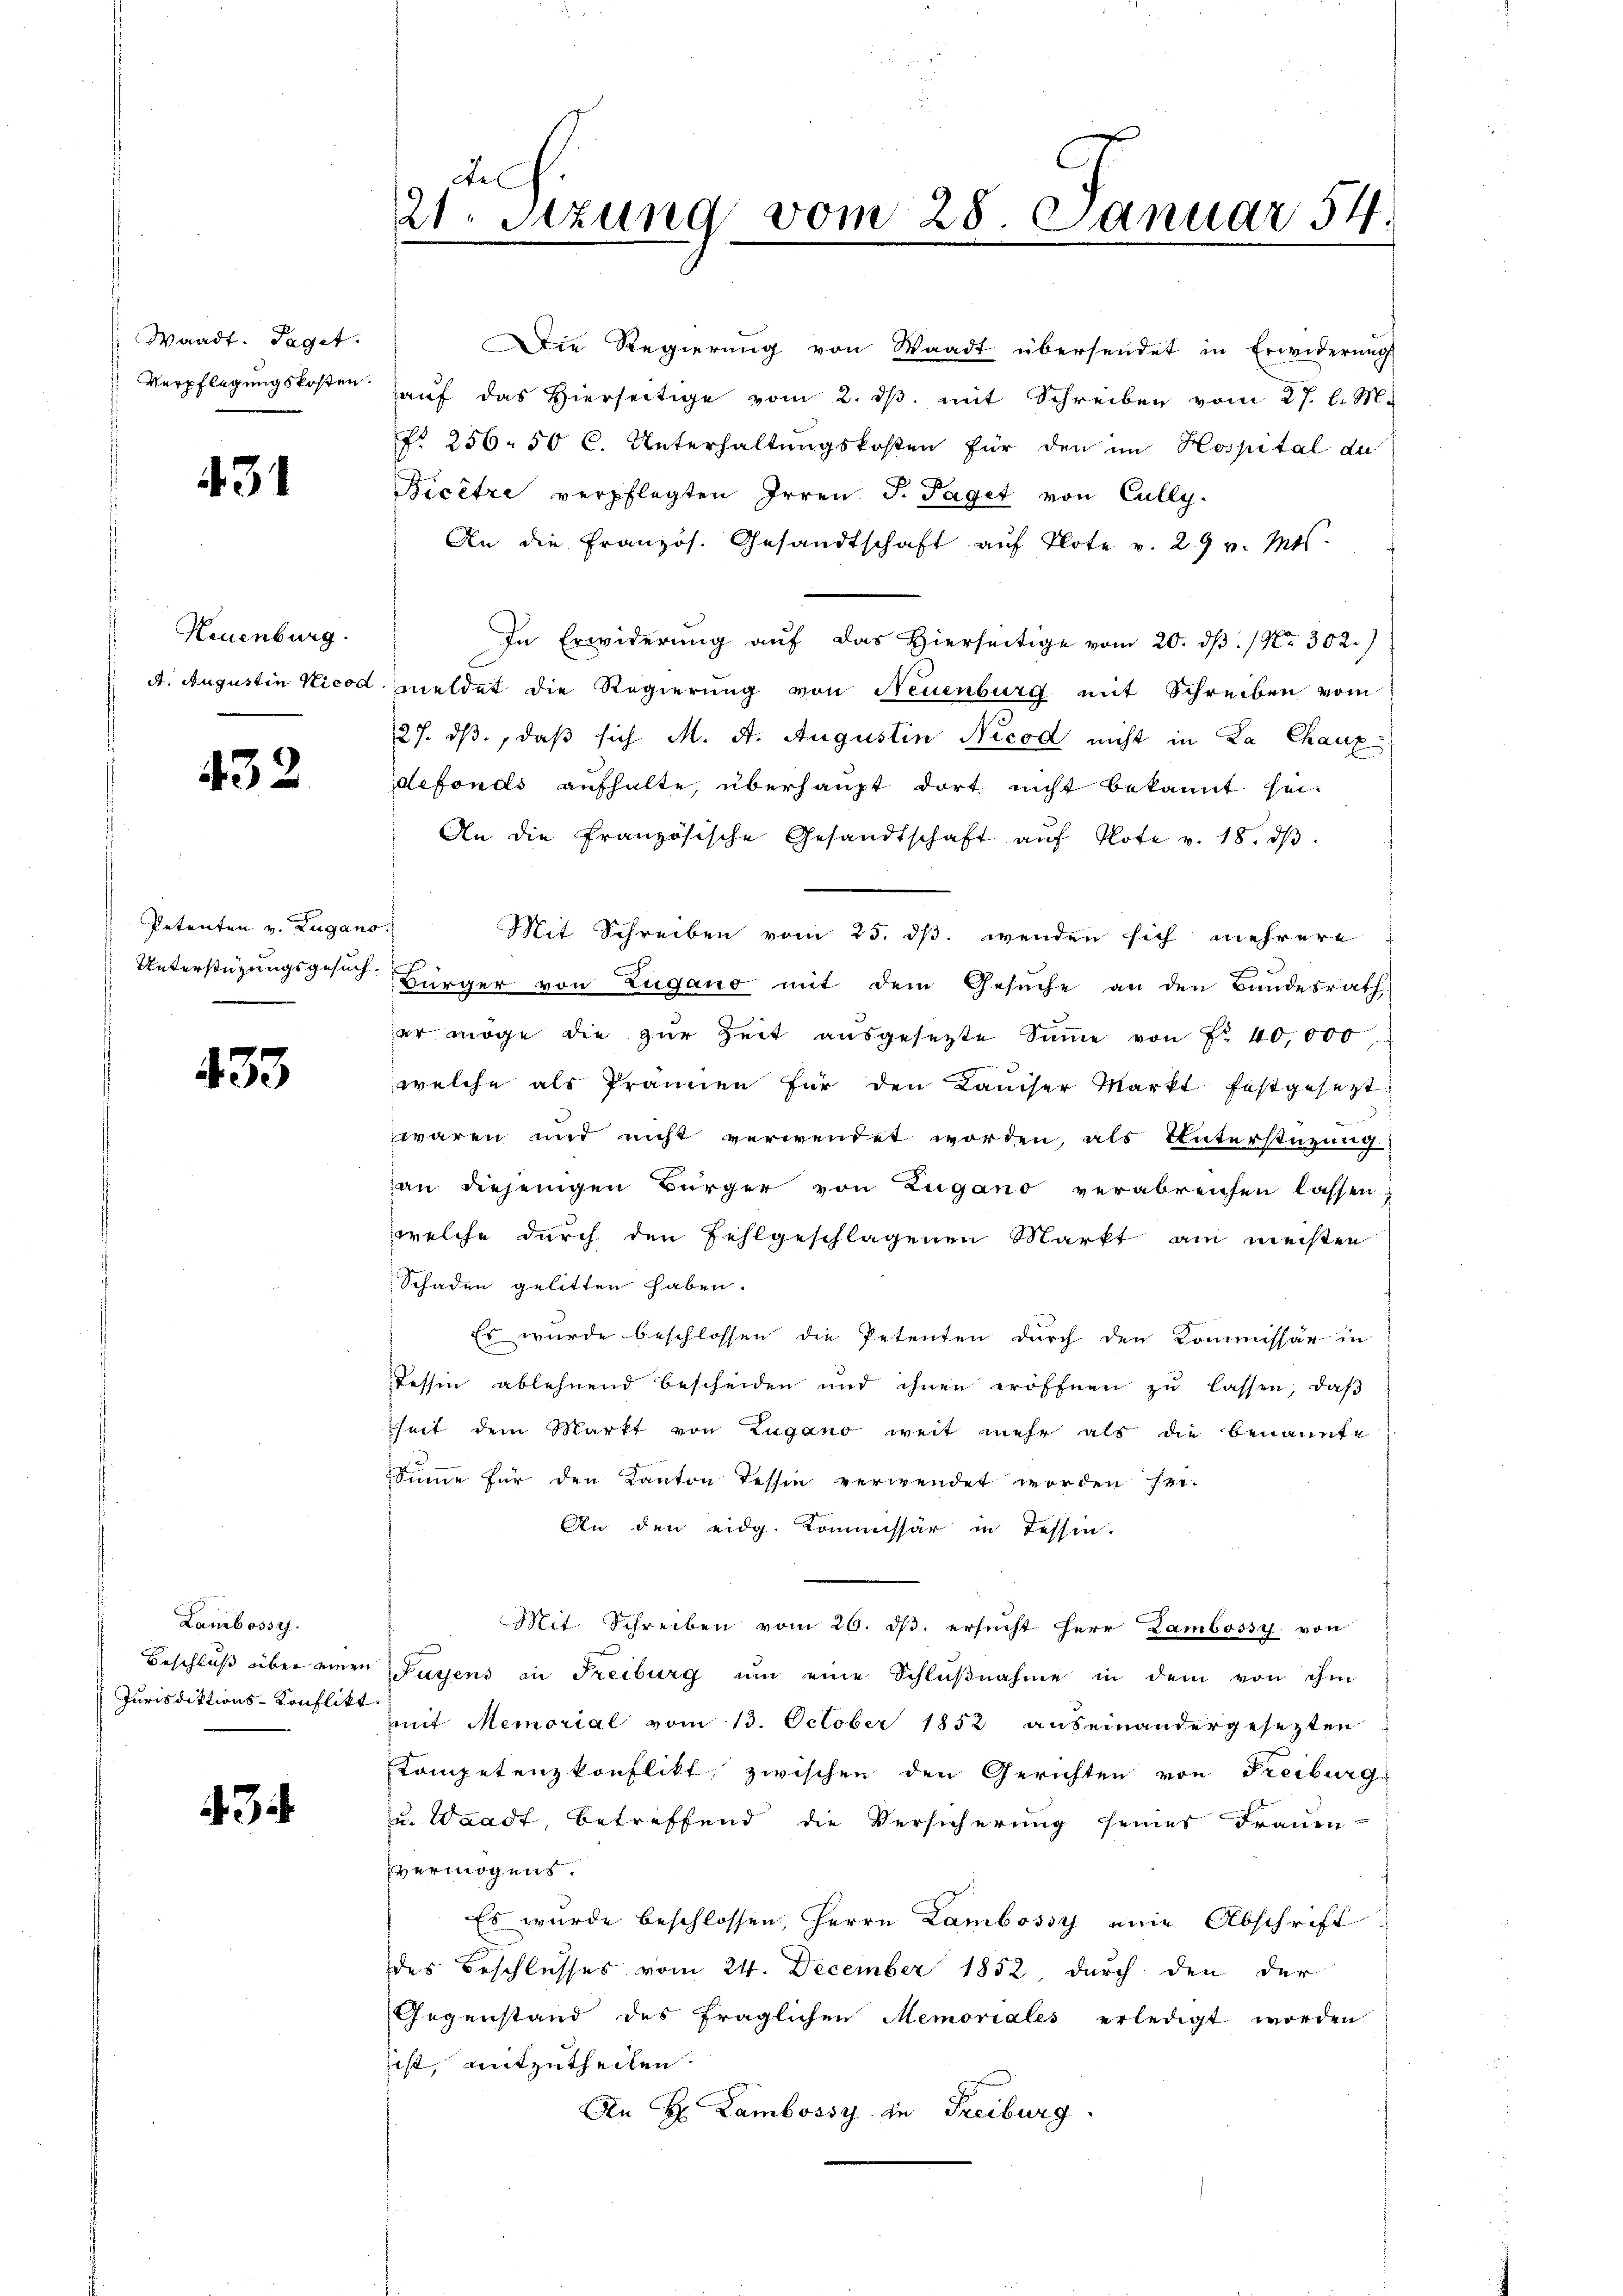
Waadt. Saget.
Verpflegungskosten.

431

Neuenburg.

432

Petenten v. Zugano.

433

Lambossy.
Beschluß über einen
Jurisdiktions-Konflikt

3

2h.
21. Setzung vom 28. Januar 54.

Die Regierung von Waadt übersendet in Erwiderung
haŭf das hierseitige vom 2. dβ. mit Schreiben vom 27. l. M.
No 256. 50 l. Unterhaltŭngskosten für den im Hospital da
Bicêtre verpflegten Irren P. Paget von Cully.
An die Französ. Gesandtschaft aŭf Klote v. 29 v. Mts.
In Erwiderung auf das Hierseitige vom 20. dß. / Nr. 302.)
A. Augustin Nicod meldet die Regierung von Neuenburg mit Schreiben vom
27. dβ, daß sich M. A. Augustin Nicod nicht in La Chaux-
defonds aufhalte, überhaupt dort nicht bekannt hei¬
An die Französische Gesandtschaft aŭf Note v. 18. dβ
Mit Schreiben vom 25. ds. wenden sich mehrere
Unterstüzungsgesuch Bürger von Zugano mit dem Gesŭche an den Bundesrath
er möge die zŭr Zeit aŭsgesetzte Sinne von Fr. 40,000
welche als Prämien für den Kaiser Markt festgesezt
waren und nicht verwendet worden, als Unterstüzung
an diejenigen Bürger von Zugano verabreichen lassen
welche durch den Fehlgeschlagenen Markt am meisten
Schaden gelitten haben.
Es wurde beschlossen die Petenten durch den Kommissär in
Tessin ablehnend bescheiden und ihnen eröffnen zu lassen, daß
kheit dem Markt von Zugano weit mehr als die benannte
Summe für den Kanton Tessin verwendet worden sei.
An den eidg. Kommissär in Tessin.
Mit. Schreiben vom 20. dβ. ersucht Herr Lambossy von
Füssens in Freiburg um eine Schlußnahme in dem von ihm
mit Memorial vom 13. October 1852 auseinandergesezten
Kompetenzkonflikt, zwischen den Gerichten von Freiburg
u. Waadt, betreffend die Versicherung seines Frauen-
vermögens.
Es wurde beschlossen, Herrn Lambossy eine Abschrift
des Beschlusses vom 24. December 1852, durch den der
Gegenstand des fraglichen Memoriales erledigt worden
ist, mitzutheilen.
An H. Lambossy in Freiburg.